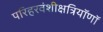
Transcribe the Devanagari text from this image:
परिहरवंशीक्षत्रियॉणॉ